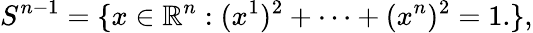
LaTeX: S^{n-1}=\{ x\in\mathbb{R}^{n}:(x^{1})^{2}+\cdots+(x^{n})^{2}=1.\} ,